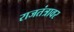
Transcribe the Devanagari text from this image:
राजतंत्रावर